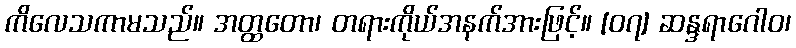
ကိလေသကာမသည်။ အတ္ထတော၊ တရားကိုယ်အနက်အားဖြင့်။ [၀၇] ဆန္ဒရာဂေါဝ၊